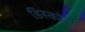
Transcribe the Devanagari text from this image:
डिस्कोस